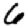
Digit: 6